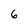
Character: 6